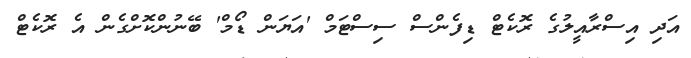
އަދި އިސްރާއީލުގެ ރޮކެޓް ޑިފެންސް ސިސްޓަމް 'އަޔަން ޑޯމް' ބޭނުންކޮށްގެން އެ ރޮކެޓް